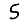
Digit: 5